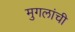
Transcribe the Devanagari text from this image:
मुगलांची